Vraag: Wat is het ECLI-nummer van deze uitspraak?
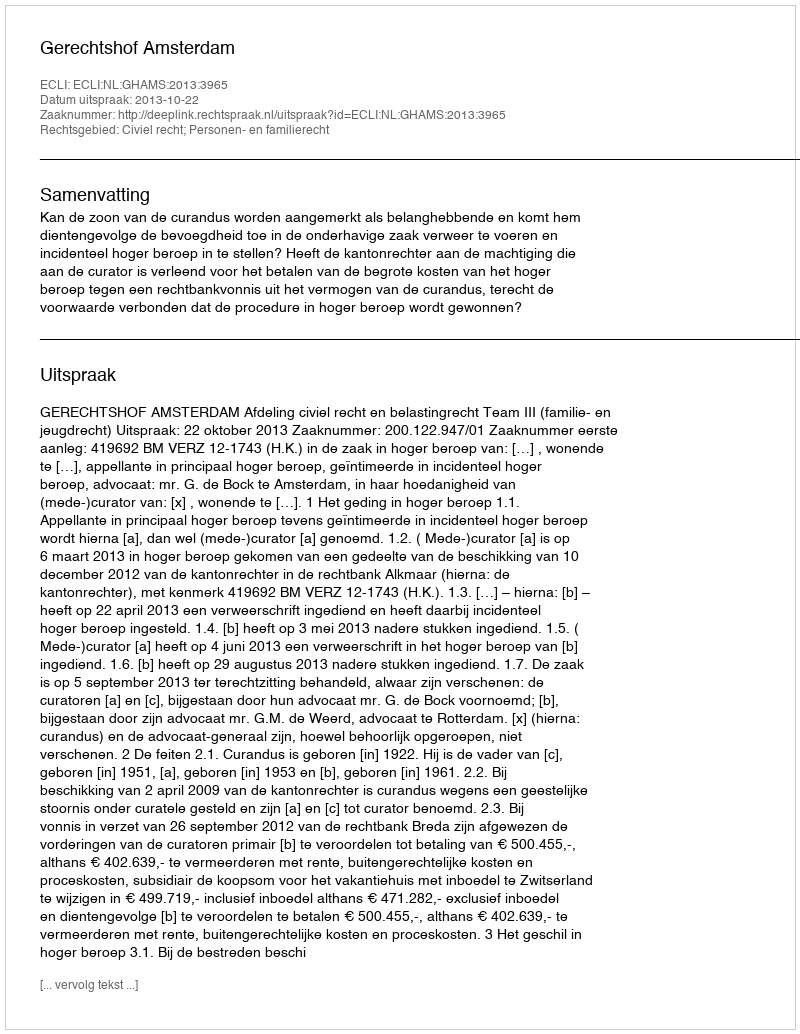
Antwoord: ECLI:NL:GHAMS:2013:3965